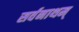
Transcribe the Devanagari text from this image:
सर्वनाथम्